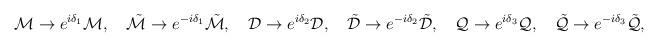
LaTeX: \begin{align*}{\cal M} \to e^{i \delta_{1}} {\cal M}, \quad\tilde{\cal M} \to e^{-i \delta_{1}} \tilde{\cal M}, \quad{\cal D} \to e^{i \delta_{2}} {\cal D}, \quad\tilde{\cal D} \to e^{-i \delta_{2}} \tilde{\cal D}, \quad{\cal Q} \to e^{i \delta_{3}} {\cal Q}, \quad\tilde{\cal Q} \to e^{-i \delta_{3}} \tilde{\cal Q}, \quad\end{align*}